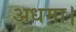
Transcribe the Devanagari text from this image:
अधमा।